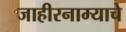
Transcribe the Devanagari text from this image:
जाहीरनाम्याचे